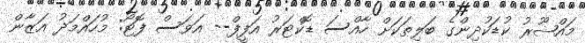
މައްޝޫރު ކުޑަކުދިންގެ ބަލިތަކަށް ހާއްސަ ޑޮކްޓަރު އަފީފް-- އަވަސް ފޮޓޯ: މުހައްމަދު އަޒާން